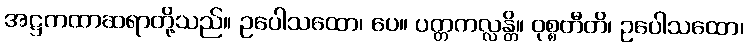
အဋ္ဌကထာဆရာတို့သည်။ ဥပေါသထော၊ ပေ။ ပတ္တကလ္လန္တိ။ ဝုစ္စတီတိ၊ ဥပေါသထော၊